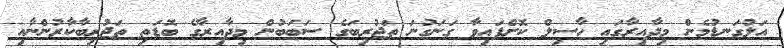
އަލުގަނޑުމެން މިދާއިރާގައި ހާސިލް ކޮށްފައިވާ ގަނަގުނަ ތަޖުރިބަގެ ސަބަބުން މިދާއިރާގެ ބޮޑަތި ތަޖުރިބާކާރުންނާއި